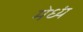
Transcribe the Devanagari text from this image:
मेध्यं